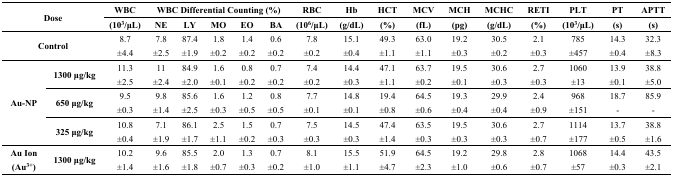
<table><thead><tr><td rowspan="2" colspan="2"><b>Dose</b></td><td><b>WBC</b></td><td colspan="5"><b>WBC Differential Counting (%)</b></td><td><b>RBC</b></td><td><b>Hb</b></td><td><b>HCT</b></td><td><b>MCV</b></td><td><b>MCH</b></td><td><b>MCHC</b></td><td><b>RETI</b></td><td><b>PLT</b></td><td><b>PT</b></td><td><b>APTT</b></td></tr><tr><td><b>(10<sup>3</sup>/μL)</b></td><td><b>NE</b></td><td><b>LY</b></td><td><b>MO</b></td><td><b>EO</b></td><td><b>BA</b></td><td><b>(10<sup>6</sup>/μL)</b></td><td><b>(g/dL)</b></td><td><b>(%)</b></td><td><b>(fL)</b></td><td><b>(pg)</b></td><td><b>(g/dL)</b></td><td><b>(%)</b></td><td><b>(10<sup>3</sup>/μL)</b></td><td><b>(s)</b></td><td><b>(s)</b></td></tr></thead><tbody><tr><td rowspan="2" colspan="2"><b>Control</b></td><td>8.7</td><td>7.8</td><td>87.4</td><td>1.8</td><td>1.4</td><td>0.6</td><td>7.8</td><td>15.1</td><td>49.3</td><td>63.0</td><td>19.2</td><td>30.5</td><td>2.1</td><td>785</td><td>14.3</td><td>32.3</td></tr><tr><td>±4.4</td><td>±2.5</td><td>±1.9</td><td>±0.2</td><td>±0.2</td><td>±0.2</td><td>±0.2</td><td>±0.4</td><td>±1.1</td><td>±1.1</td><td>±0.3</td><td>±0.2</td><td>±0.3</td><td>±457</td><td>±0.4</td><td>±8.3</td></tr><tr><td rowspan="6"><b>Au-NP</b></td><td rowspan="2"><b>1300 μg/kg</b></td><td>11.3</td><td>11</td><td>84.9</td><td>1.6</td><td>0.8</td><td>0.7</td><td>7.4</td><td>14.4</td><td>47.1</td><td>63.7</td><td>19.5</td><td>30.6</td><td>2.7</td><td>1060</td><td>13.9</td><td>38.8</td></tr><tr><td>±2.5</td><td>±2.4</td><td>±2.0</td><td>±0.1</td><td>±0.2</td><td>±0.2</td><td>±0.2</td><td>±0.3</td><td>±1.1</td><td>±0.2</td><td>±0.1</td><td>±0.3</td><td>±0.3</td><td>±13</td><td>±0.1</td><td>±5.0</td></tr><tr><td rowspan="2"><b>650 μg/kg</b></td><td>9.5</td><td>9.8</td><td>85.6</td><td>1.6</td><td>1.2</td><td>0.8</td><td>7.7</td><td>14.8</td><td>19.4</td><td>64.5</td><td>19.3</td><td>29.9</td><td>2.4</td><td>968</td><td>18.7</td><td>85.9</td></tr><tr><td>±0.3</td><td>±1.4</td><td>±2.5</td><td>±0.3</td><td>±0.5</td><td>±0.5</td><td>±0.1</td><td>±0.1</td><td>±0.8</td><td>±0.6</td><td>±0.4</td><td>±0.4</td><td>±0.9</td><td>±151</td><td>-</td><td>-</td></tr><tr><td rowspan="2"><b>325 μg/kg</b></td><td>10.8</td><td>7.1</td><td>86.1</td><td>2.5</td><td>1.5</td><td>0.7</td><td>7.5</td><td>14.5</td><td>47.4</td><td>63.5</td><td>19.5</td><td>30.6</td><td>2.7</td><td>1114</td><td>13.7</td><td>38.8</td></tr><tr><td>±0.4</td><td>±1.9</td><td>±1.7</td><td>±1.1</td><td>±0.2</td><td>±0.3</td><td>±0.3</td><td>±0.3</td><td>±1.4</td><td>±0.3</td><td>±0.3</td><td>±0.3</td><td>±0.7</td><td>±177</td><td>±0.5</td><td>±1.6</td></tr><tr><td rowspan="2"><b>Au Ion (Au<sup>3+</sup>)</b></td><td rowspan="2"><b>1300 μg/kg</b></td><td>10.2</td><td>9.6</td><td>85.5</td><td>2.0</td><td>1.3</td><td>0.7</td><td>8.1</td><td>15.5</td><td>51.9</td><td>64.5</td><td>19.2</td><td>29.8</td><td>2.8</td><td>1068</td><td>14.4</td><td>43.5</td></tr><tr><td>±1.4</td><td>±1.6</td><td>±1.8</td><td>±0.7</td><td>±0.3</td><td>±0.2</td><td>±1.0</td><td>±1.1</td><td>±4.7</td><td>±2.3</td><td>±1.0</td><td>±0.6</td><td>±0.7</td><td>±57</td><td>±0.3</td><td>±2.1</td></tr></tbody></table>